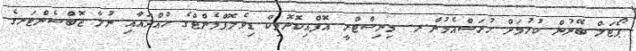
ޕޯޓަލް ބޭނުން ކުރުމަށް ހުރަސްއެޅުން.ރ. މިނިސްޓްރީ އޮފްއިކޮނޮމިކް ޑިވެލޮޕްމެންޓްގެ ހުއްދައާއި ނުލާ ޖޮބްސެންޓަރގެ